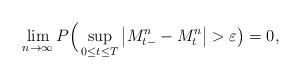
LaTeX: \begin{align*}\lim_{n \to \infty} P \Big( \sup_{0 \leq t \leq T} \big| M_{t-}^n-M_t^n\big| > \varepsilon\big) =0,\end{align*}